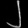
Digit: ၂